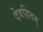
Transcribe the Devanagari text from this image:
देवहितम्